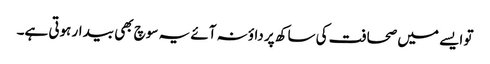
تو ایسے میں صحافت کی ساکھ پر داؤ نہ آئے یہ سوچ بھی بیدار ہوتی ہے۔